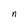
Character: n